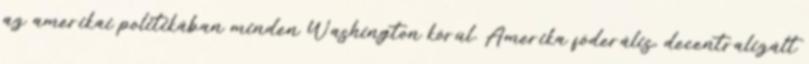
az amerikai politikában minden Washington körül. Amerika föderális, decentralizált